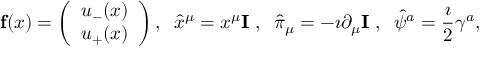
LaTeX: { \bf f } ( x ) = \left( \begin{array} { c } { { u _ { - } ( x ) } } \\ { { u _ { + } ( x ) } } \end{array} \right) , \; \; \hat { x } ^ { \mu } = x ^ { \mu } { \bf I } \; , \; \; \hat { \pi } _ { \mu } = - \imath \partial _ { \mu } { \bf I } \; , \; \; \hat { \psi } ^ { a } = \frac { \imath } { 2 } \gamma ^ { a } ,